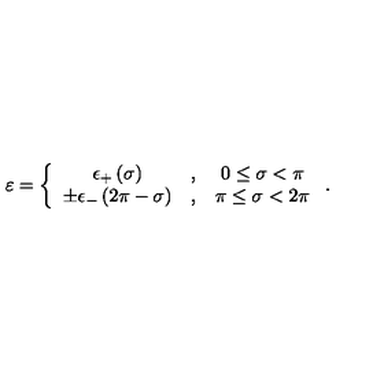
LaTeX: \varepsilon = \left\{ \begin{array} { c c c } { \epsilon _ { + } \left( \sigma \right) } & { , } & { 0 \leq \sigma < \pi } \\ { \pm \epsilon _ { - } \left( 2 \pi - \sigma \right) } & { , } & { \pi \leq \sigma < 2 \pi } \\ \end{array} \right. .